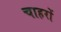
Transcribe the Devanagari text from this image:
चाहरों